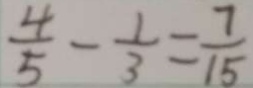
\frac { 4 } { 5 } - \frac { 1 } { 3 } = \frac { 7 } { 1 5 }